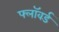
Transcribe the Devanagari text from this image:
फ्लॉवर्ड